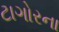
ટાગોરના